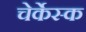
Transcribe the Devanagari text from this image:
चेर्केस्क